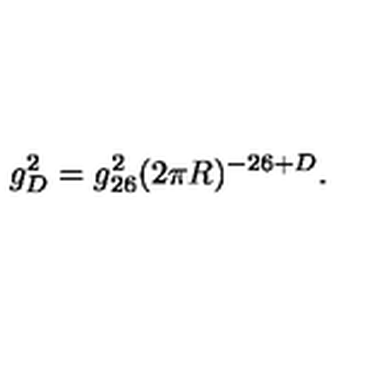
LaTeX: g _ { D } ^ { 2 } = g _ { 2 6 } ^ { 2 } ( 2 \pi R ) ^ { - 2 6 + D } .